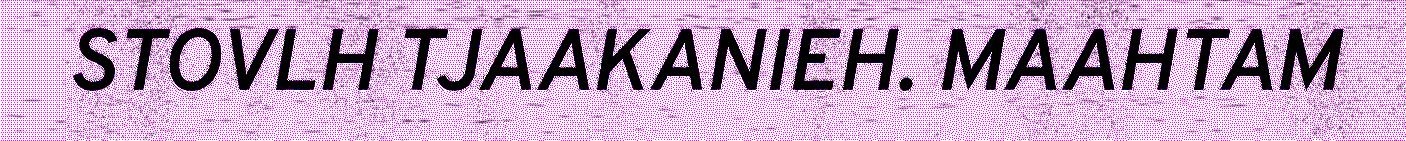
STOVLH TJAAKANIEH. MAAHTAM